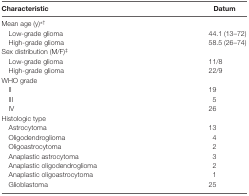
| Characteristic | Datum |
 | --- | --- |
 | Mean age (y)*† |  |
 | Low-grade glioma | 44.1 (13–72) |
 | High-grade glioma | 58.5 (26–74) |
 | Sex distribution (M/F)‡ |  |
 | Low-grade glioma | 11/8 |
 | High-grade glioma | 22/9 |
 | WHO grade |  |
 | II | 19 |
 | III | 5 |
 | IV | 26 |
 | Histologic type |  |
 | Astrocytoma | 13 |
 | Oligodendroglioma | 4 |
 | Oligoastrocytoma | 2 |
 | Anaplastic astrocytoma | 3 |
 | Anaplastic oligodendroglioma | 2 |
 | Anaplastic oligoastrocytoma | 1 |
 | Glioblastoma | 25 |